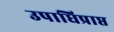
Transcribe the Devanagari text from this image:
उपाधिप्राप्त